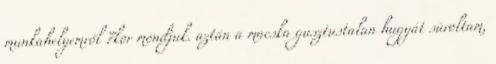
munkahelyemről 7kor mondjuk. aztán a macska gusztustalan hugyát súroltam,